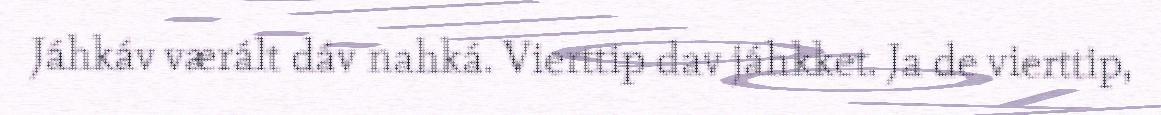
Jáhkáv værált dáv nahká. Vierttip dav jáhkket. Ja de vierttip,